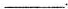
___.